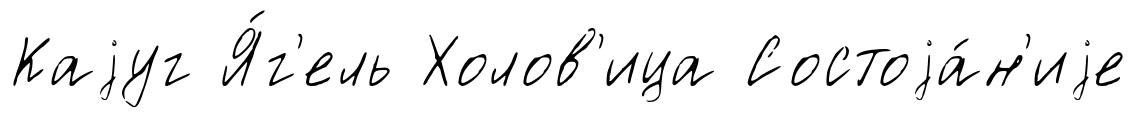
Каjуг Я́г'ель Холов'ица Состоjа́н'иjе